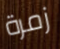
زمرة